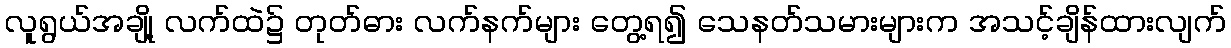
လူရွယ်အချို့ လက်ထဲ၌ တုတ်ဓား လက်နက်များ တွေ့ရ၍ သေနတ်သမားများက အသင့်ချိန်ထားလျက်